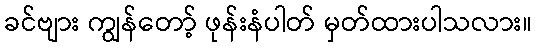
ခင်ဗျား ကျွန်တော့် ဖုန်းနံပါတ် မှတ်ထားပါသလား။